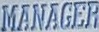
MANAGER